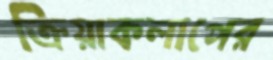
ক্রিয়াকলাপের